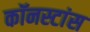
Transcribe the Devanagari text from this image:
कॉनस्टांस